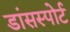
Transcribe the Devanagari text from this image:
डांसस्पोर्ट